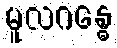
မူလဂန္ဓေ